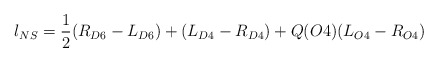
\begin{align*}l_{NS} = \frac{1}{2} (R_{D6} - L_{D6}) + (L_{D4} - R_{D4})+ Q(O4)(L_{O4} - R_{O4})\end{align*}